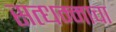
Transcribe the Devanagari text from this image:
सत्धम्माचा